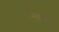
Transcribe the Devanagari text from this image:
अन्तर्वलन